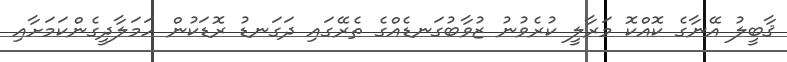
ޤާބީލު އޭނާގެ ކޮއްކޮ މަރާލީ ކުރެވުނު ޒުވާބުގަނޑެއްގެ ތެރޭގައި ދަގަނޑު ރޮޑަކުން ހަމަލާދީގެންކަމަށާއި